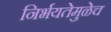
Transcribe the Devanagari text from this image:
निर्भयतेमुळेच